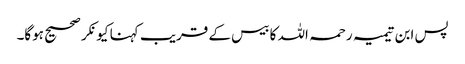
پس ابن تیمیہ رحمہ اللہ کا بیس کے قریب کہنا کیونکر صحیح ہوگا۔